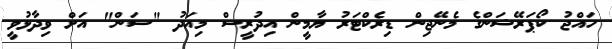
ހައްޖު ކޯޕަރޭޝަންގެ މެނޭޖިން ޑިރެކްޓަރު ޔާމީން އިދުރީސް މިއަދު "ސަން" އަށް ވިދާޅުވީ